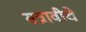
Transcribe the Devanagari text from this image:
सत्रावीचे